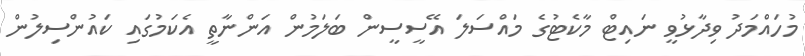
މުހައްމަދު ވިދާޅުވީ ނައިޓް މާކެޓުގެ މައްސަލަ އޭސީސީން ބަލަމުން އަންނާތީ އެކަމުގައި ކައުންސިލުން